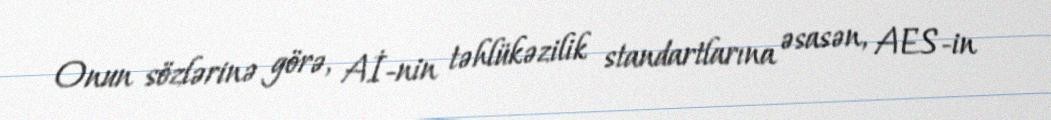
Onun sözlərinə görə, Aİ-nin təhlükəzilik standartlarına əsasən, AES-in